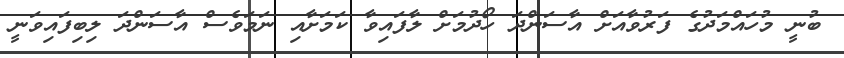
ބުނީ މުހައްމަދުގެ ފަރުވާއަށް އާސަންދަ ހޯދުމަށް ލާފައިވާ ކަމަށާއި ނަމަވެސް އާސަންދަ ލިބިފައިވަނީ